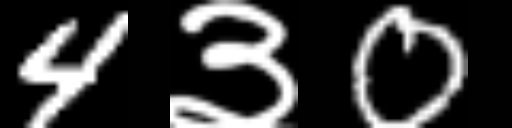
Text: 4३0